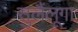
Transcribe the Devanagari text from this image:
सुलैंलूगा